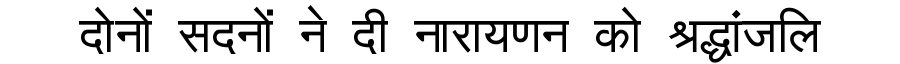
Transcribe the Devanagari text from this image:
दोनों सदनों ने दी नारायणन को श्रद्धांजलि